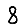
Digit: 8